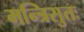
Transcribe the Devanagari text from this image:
मन्त्रिसुतः